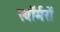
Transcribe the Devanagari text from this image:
स्वॉर्मरों